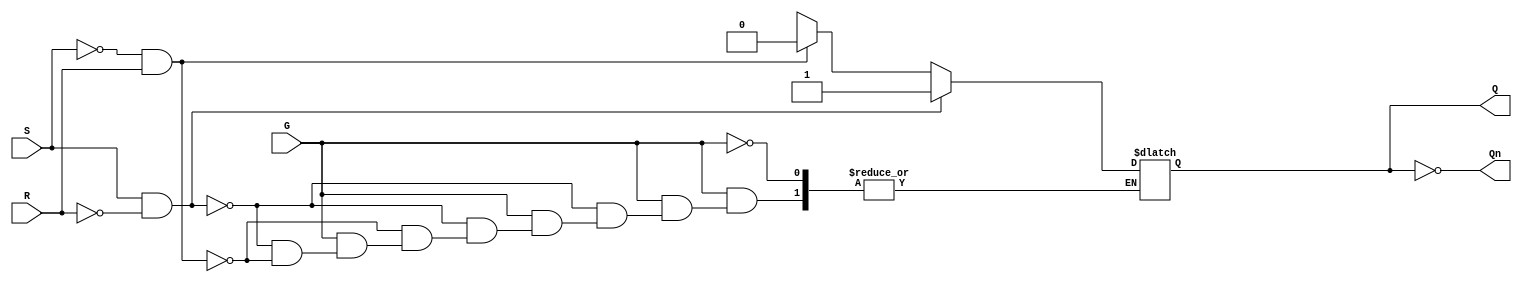
module gated_sr_latch (
    input wire S,      // Set input
    input wire R,      // Reset input
    input wire G,      // Gate input
    output reg Q,      // Output Q
    output wire Qn     // Output Q' (complement of Q)
);

    assign Qn = ~Q; // Complement output

    always @(*) begin
        if (G) begin
            if (S && !R) begin
                Q = 1'b1;  // Set condition
            end else if (!S && R) begin
                Q = 1'b0;  // Reset condition
            end else if (!S && !R) begin
                // Hold state (do nothing)
                Q = Q; // Maintain previous state
            end else begin
                // Invalid condition (S = 1, R = 1)
                // Q can be either 0 or 1, typically considered undefined
                // You could implement a specific behavior here if desired
                // For now, we will keep it as is
                Q = Q; // Maintain previous state
            end
        end else begin
            // When G is low, hold the previous state
            Q = Q; // Maintain previous state
        end
    end

endmodule